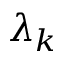
\lambda _ { k }